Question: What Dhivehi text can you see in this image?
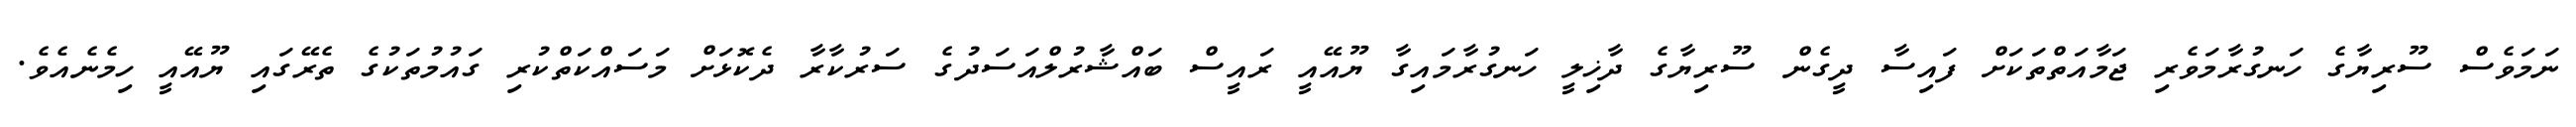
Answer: ނަމަވެސް ސޫރިޔާގެ ހަނގުރާމަވެރި ޖަމާއަތްތަކަށް ފައިސާ ދީގެން ސޫރިޔާގެ ދާޚިލީ ހަނގުރާމައިގާ ޔޫއޭއީ ރައީސް ބައްޝާރުލްއަސަދުގެ ސަރުކާރާ ދެކޮޅަށް މަސައްކަތްކުރި ގައުމުތަކުގެ ތެރޭގައި ޔޫއޭއީ ހިމެނެއެވެ.